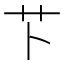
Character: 𫇥